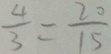
\frac { 4 } { 3 } = \frac { 2 0 } { 1 5 }